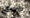
جبان